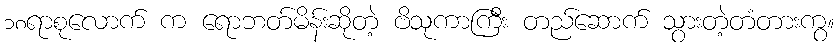
၁၈ရာစုလောက် က ရောဘတ်မိန်းဆိုတဲ့ ဗိသုကာကြီး တည်ဆောက် သွားတဲ့တံတားကွ။